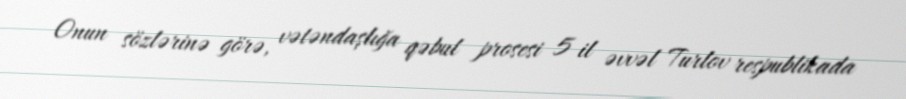
Onun sözlərinə görə, vətəndaşlığa qəbul prosesi 5 il əvvəl Turlov respublikada